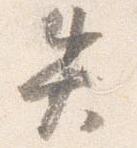
失